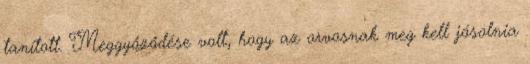
tanított. Meggyőződése volt, hogy az orvosnak meg kell jósolnia